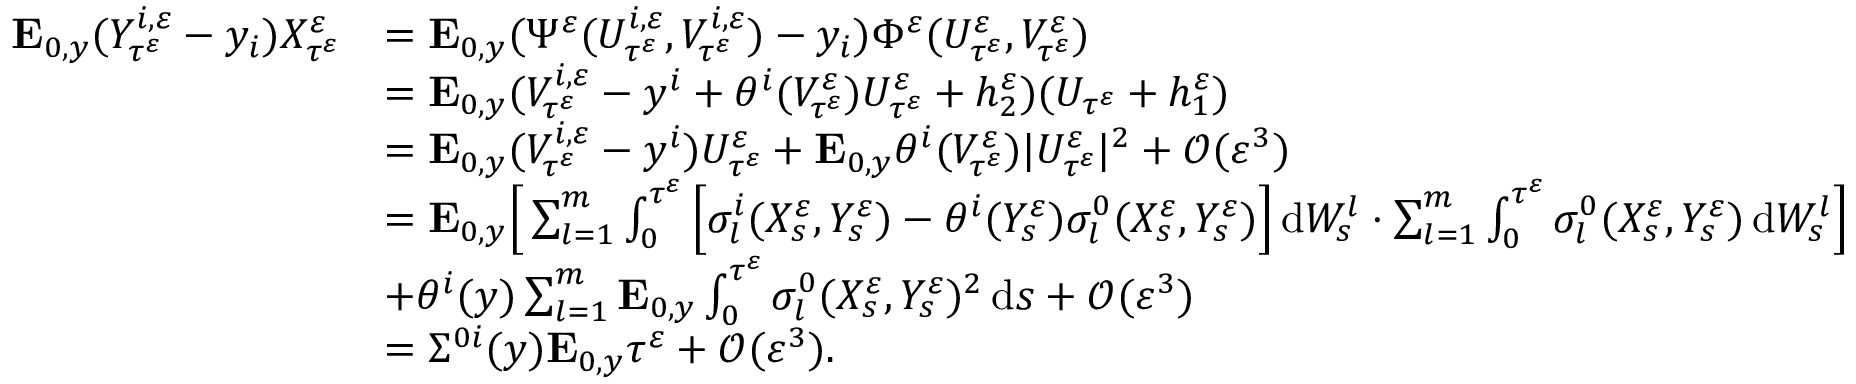
\begin{array} { r l } { \mathbf { E } _ { 0 , y } ( Y _ { \tau ^ { \varepsilon } } ^ { i , \varepsilon } - y _ { i } ) X _ { \tau ^ { \varepsilon } } ^ { \varepsilon } } & { = \mathbf { E } _ { 0 , y } ( \Psi ^ { \varepsilon } ( U _ { \tau ^ { \varepsilon } } ^ { i , \varepsilon } , V _ { \tau ^ { \varepsilon } } ^ { i , \varepsilon } ) - y _ { i } ) \Phi ^ { \varepsilon } ( U _ { \tau ^ { \varepsilon } } ^ { \varepsilon } , V _ { \tau ^ { \varepsilon } } ^ { \varepsilon } ) } \\ & { = \mathbf { E } _ { 0 , y } ( V _ { \tau ^ { \varepsilon } } ^ { i , \varepsilon } - y ^ { i } + \theta ^ { i } ( V _ { \tau ^ { \varepsilon } } ^ { \varepsilon } ) U _ { \tau ^ { \varepsilon } } ^ { \varepsilon } + h _ { 2 } ^ { \varepsilon } ) ( U _ { \tau ^ { \varepsilon } } + h _ { 1 } ^ { \varepsilon } ) } \\ & { = \mathbf { E } _ { 0 , y } ( V _ { \tau ^ { \varepsilon } } ^ { i , \varepsilon } - y ^ { i } ) U _ { \tau ^ { \varepsilon } } ^ { \varepsilon } + \mathbf { E } _ { 0 , y } \theta ^ { i } ( V _ { \tau ^ { \varepsilon } } ^ { \varepsilon } ) | U _ { \tau ^ { \varepsilon } } ^ { \varepsilon } | ^ { 2 } + \mathcal O ( \varepsilon ^ { 3 } ) } \\ & { = \mathbf { E } _ { 0 , y } \Big [ \sum _ { l = 1 } ^ { m } \int _ { 0 } ^ { \tau ^ { \varepsilon } } \Big [ \sigma _ { l } ^ { i } ( X _ { s } ^ { \varepsilon } , Y _ { s } ^ { \varepsilon } ) - \theta ^ { i } ( Y _ { s } ^ { \varepsilon } ) \sigma _ { l } ^ { 0 } ( X _ { s } ^ { \varepsilon } , Y _ { s } ^ { \varepsilon } ) \Big ] \, \mathrm { d } W _ { s } ^ { l } \cdot \sum _ { l = 1 } ^ { m } \int _ { 0 } ^ { \tau ^ { \varepsilon } } \sigma _ { l } ^ { 0 } ( X _ { s } ^ { \varepsilon } , Y _ { s } ^ { \varepsilon } ) \, \mathrm { d } W _ { s } ^ { l } \Big ] } \\ & { + \theta ^ { i } ( y ) \sum _ { l = 1 } ^ { m } \mathbf { E } _ { 0 , y } \int _ { 0 } ^ { \tau ^ { \varepsilon } } \sigma _ { l } ^ { 0 } ( X _ { s } ^ { \varepsilon } , Y _ { s } ^ { \varepsilon } ) ^ { 2 } \, \mathrm { d } s + \mathcal O ( \varepsilon ^ { 3 } ) } \\ & { = \Sigma ^ { 0 i } ( y ) \mathbf { E } _ { 0 , y } \tau ^ { \varepsilon } + \mathcal O ( \varepsilon ^ { 3 } ) . } \end{array}